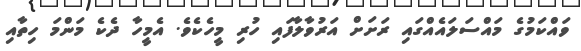
ވައްކަމުގެ މައްސަލައެއްގައި ރަށަށް އަރުވާލާފައި ހުރި މީހެކެވެ. އެމީހާ ދެކެ މަންމަ ހިތާއި